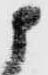
候